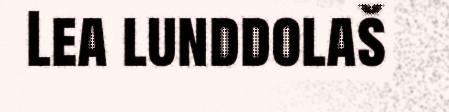
Lea lunddolaš